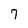
Character: 7